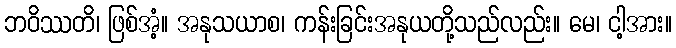
ဘဝိဿတိ၊ ဖြစ်အံ့။ အနုသယာစ၊ ကန်းခြင်းအနုယတို့သည်လည်း။ မေ၊ ငါ့အား။